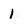
Character: 1